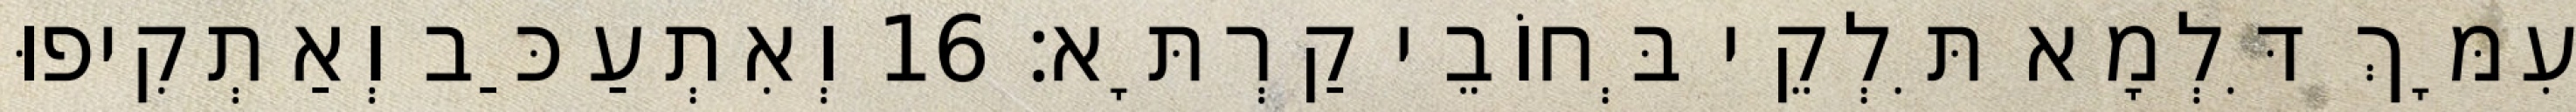
עִמָּךְ דִּלְמָא תִּלְקֵי בְּחוֹבֵי קַרְתָּא׃ 16 וְאִתְעַכַּב וְאַתְקִיפוּ